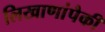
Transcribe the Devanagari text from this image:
लिखाणांपैकी